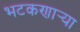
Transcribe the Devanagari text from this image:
भटकणार्‍या